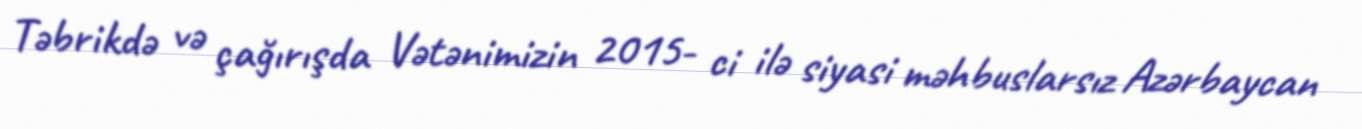
Təbrikdə və çağırışda Vətənimizin 2015- ci ilə siyasi məhbuslarsız Azərbaycan